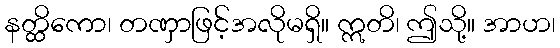
နတ္ထိကော၊ တဏှာဖြင့်အလိုမရှိ။ ဣတိ၊ ဤသို့။ အာဟ၊